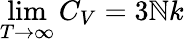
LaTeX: \operatorname*{lim}_{T\rightarrow\infty}C_{V}=3\mathbb{N}k